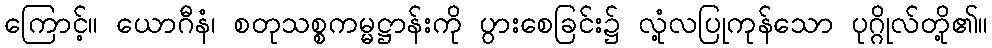
ကြောင့်။ ယောဂီနံ၊ စတုသစ္စကမ္မဋ္ဌာန်းကို ပွားစေခြင်း၌ လုံ့လပြုကုန်သော ပုဂ္ဂိုလ်တို့၏။